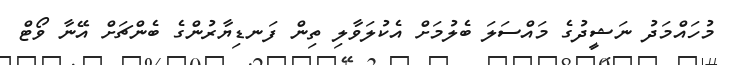
މުހައްމަދު ނަޝީދުގެ މައްސަލަ ބެލުމަށް އެކުލަވާލި ތިން ފަނޑިޔާރުންގެ ބެންޗަށް އޭނާ ވޯޓް